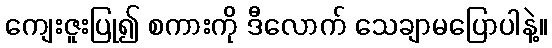
ကျေးဇူးပြု၍ စကားကို ဒီလောက် သေချာမပြောပါနဲ့။